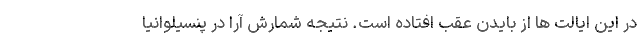
در این ایالت ها از بایدن عقب افتاده است. نتیجه شمارش آرا در پنسیلوانیا